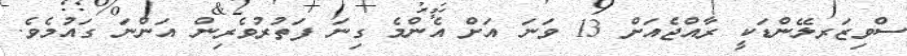
ސްވިޒަރލޭންޑަކީ ރާއްޖެއަށް 13 ވަނަ އަށް އެންމެ ގިނަ ފަތުރުވެރިން އަންނަ ގައުމެވެ.